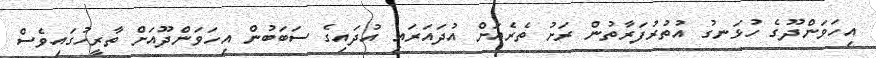
އިހަވަންދޫގެ ހުޅަނގު އުތުރުފަރާތުން ރަށު ތެރެއަށް އުދައަރައި އުދައިގެ ސަބަބުން އިހަވަންދޫއަށް ތާރީހުގައިވެސް